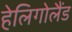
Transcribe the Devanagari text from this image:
हेलिगोलैंड